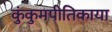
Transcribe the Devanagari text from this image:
कुंकुमपीतिकाया